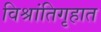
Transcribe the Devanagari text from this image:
विश्रांतिगृहात